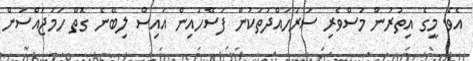
އެވެ. މީގެ އިތުރުން މަސްވެރި ސަރަހައްދުތަކުން ފަސޭހައިން އައިސް ލިބޭނެ ގޮތް ހަމަޖައްސަން